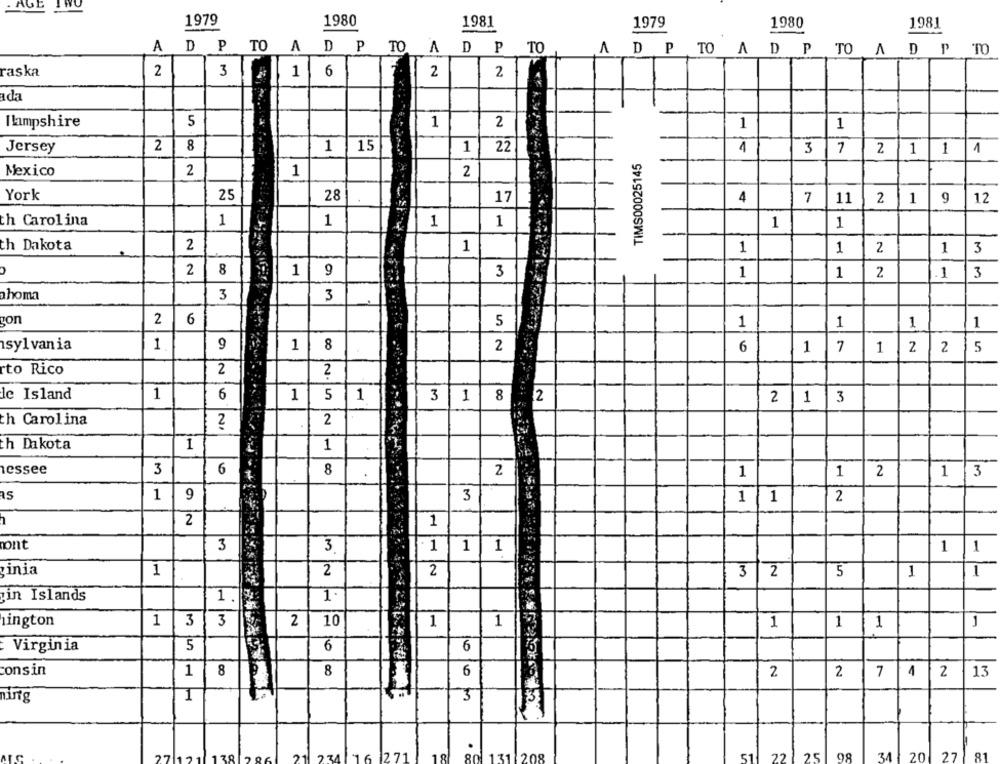
1979
1980
1981
1979
1980
1981
D P TO
A
ADP TO
A
D
TO
ADP TO AD P TO A D P TO
raska
2
3
1
6
2
2
ada
5
Hampshire
1
2
1
1
2
8
Jersey
1
15
1
22
1
3
7
2
1 1
1
TIMS00025145
Mexico
2
1
2
York
25
28
17
4
9
12
7
11
2
1
th Carolina
1
1
1
1
1
1
th Dakota
2
1
1
1
2
1
3
2
8
1
9
3
1
1
2
1
3
homa
3
3
on
2
6
5
1
1
1
1
sylvania
1
9
1
8
2
6
1
7
1
2
2 5
rto Rico
2
2
le Island
1
6
1
5
1
3 1
8
2
2 1 3
th Carolina
2
2
h Dakota
1
1
lessee
3
6
8
2
1
1
2
1
3
1
9
3
1
1
2
2
1
nont
3
3
1
1|
1
1
1
inia
1
2
2
3
2
5
1
1
zin Islands
1.
lington
1
3
3
2
10
1
1
1
1
1
1
Virginia
5
6
6
consin
1
8
8
6
2
7
1
13
2
2
3
ning
1
27 12
178
21 234 16 271
80 131 208
51
22
25
3420
27
81